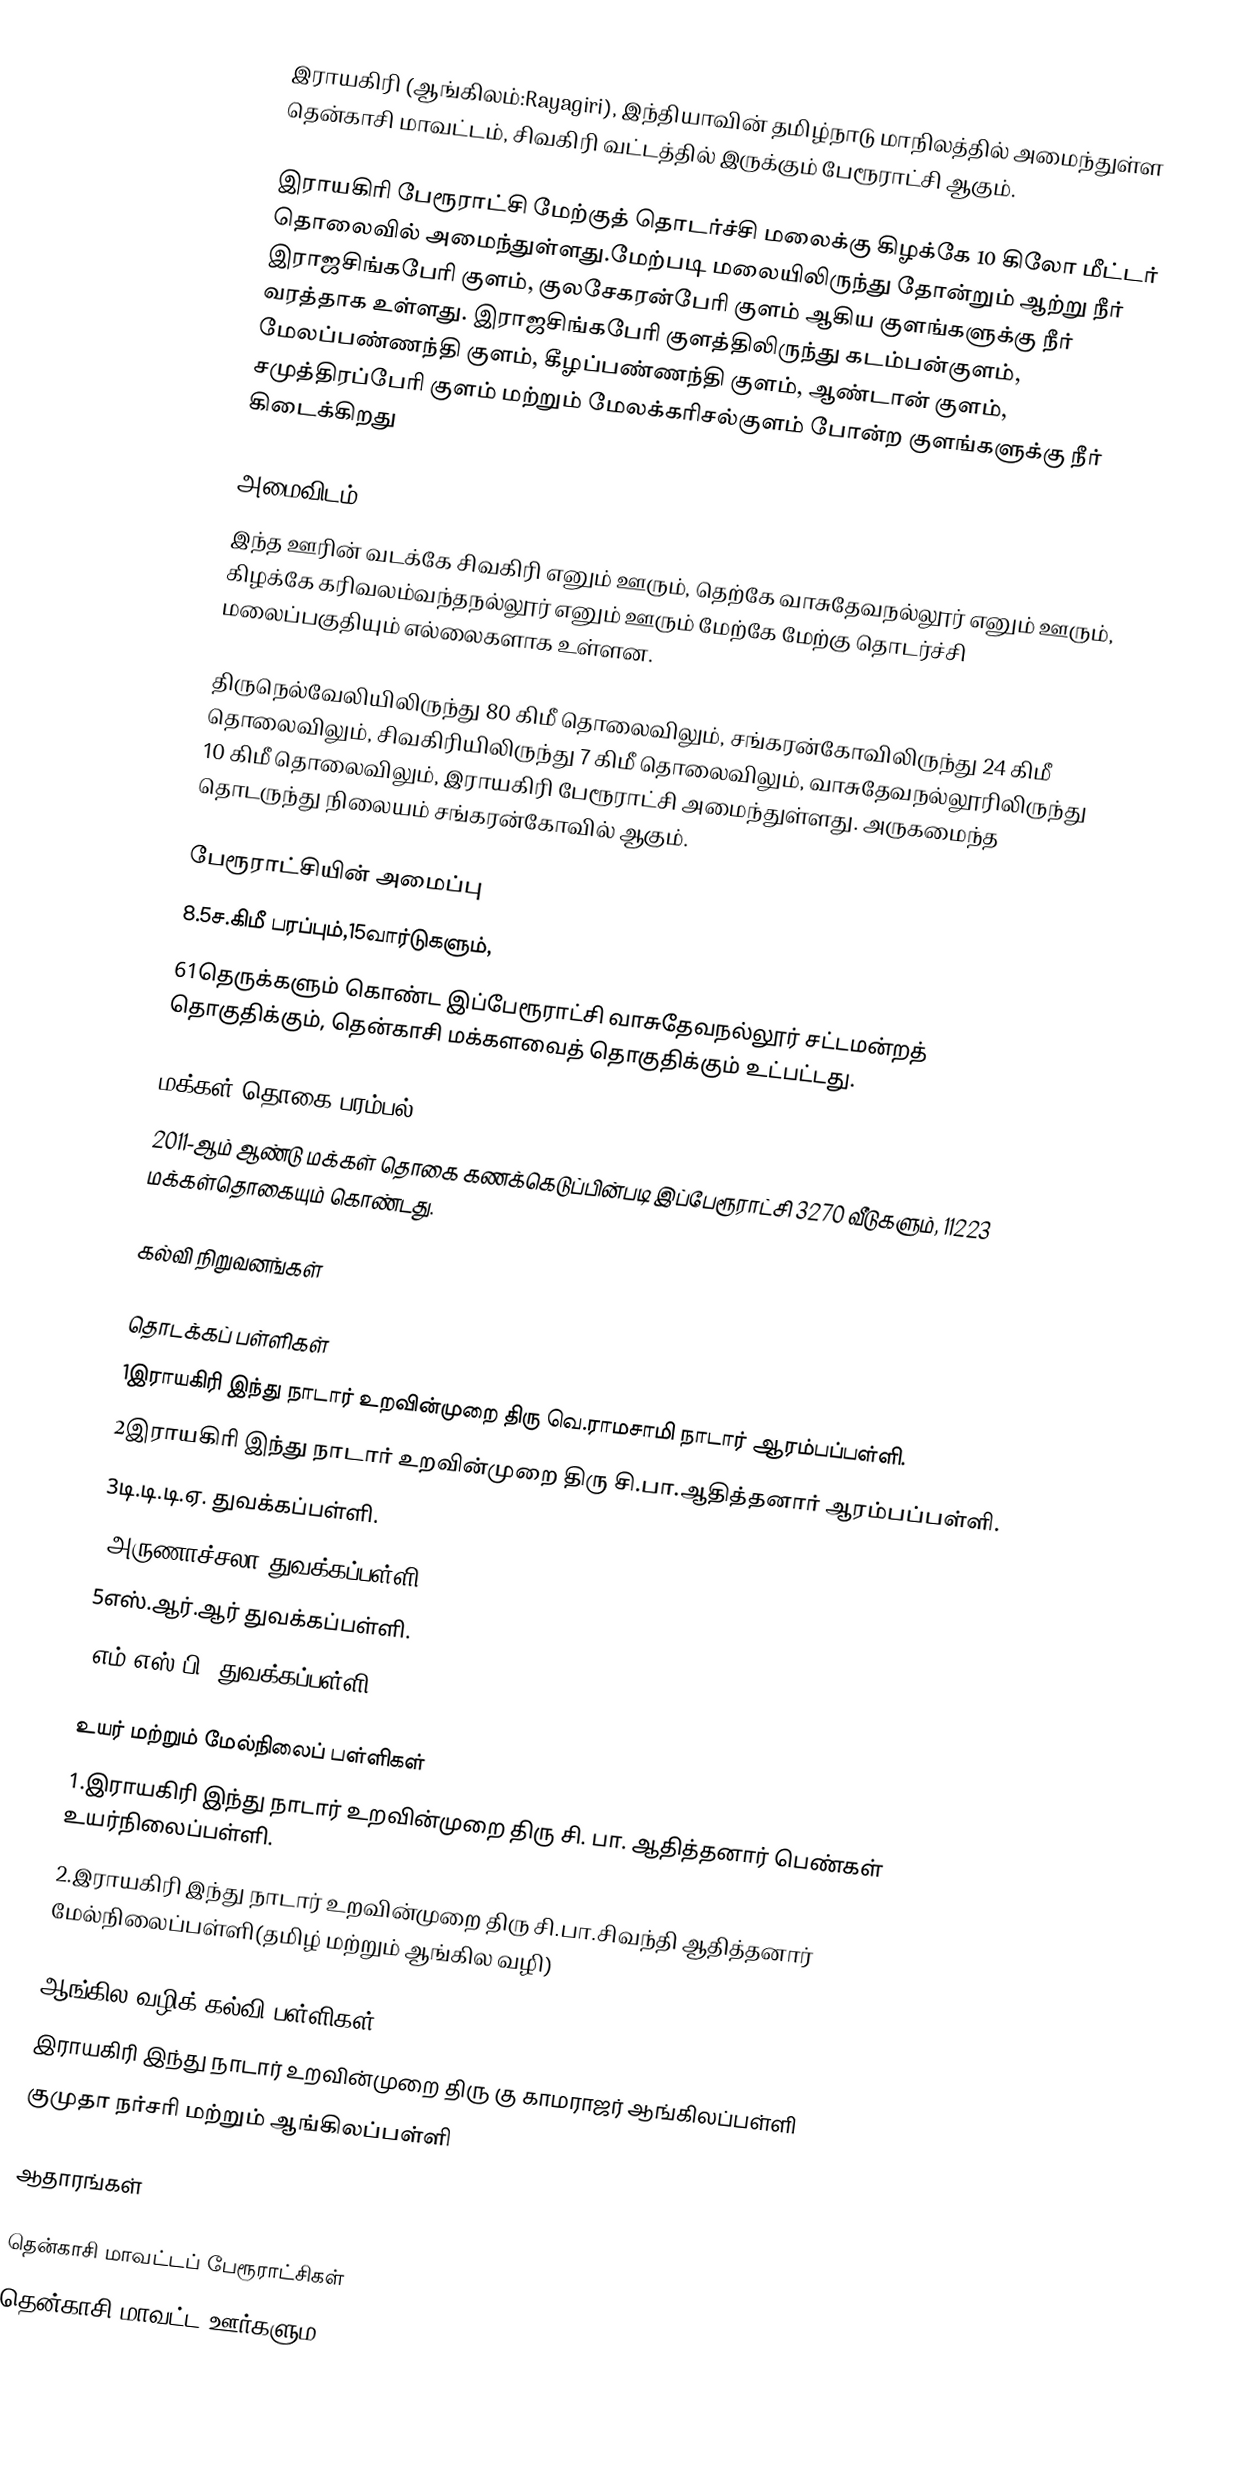
இராயகிரி (ஆங்கிலம்:Rayagiri), இந்தியாவின் தமிழ்நாடு மாநிலத்தில் அமைந்துள்ள தென்காசி மாவட்டம், சிவகிரி வட்டத்தில் இருக்கும்  பேரூராட்சி ஆகும்.

இராயகிரி பேரூராட்சி மேற்குத் தொடர்ச்சி மலைக்கு கிழக்கே 10 கிலோ மீட்டர் தொலைவில் அமைந்துள்ளது.மேற்படி மலையிலிருந்து தோன்றும் ஆற்று நீர் இராஜசிங்கபேரி குளம், குலசேகரன்பேரி குளம் ஆகிய குளங்களுக்கு நீர் வரத்தாக உள்ளது. இராஜசிங்கபேரி குளத்திலிருந்து கடம்பன்குளம், மேலப்பண்ணந்தி குளம், கீழப்பண்ணந்தி குளம், ஆண்டான் குளம், சமுத்திரப்பேரி குளம் மற்றும் மேலக்கரிசல்குளம் போன்ற குளங்களுக்கு நீர் கிடைக்கிறது

அமைவிடம்
இந்த ஊரின் வடக்கே சிவகிரி எனும் ஊரும், தெற்கே வாசுதேவநல்லூர் எனும் ஊரும், கிழக்கே கரிவலம்வந்தநல்லூர் எனும் ஊரும் மேற்கே மேற்கு தொடர்ச்சி மலைப்பகுதியும் எல்லைகளாக உள்ளன.

திருநெல்வேலியிலிருந்து 80 கிமீ தொலைவிலும், சங்கரன்கோவிலிருந்து 24 கிமீ தொலைவிலும், சிவகிரியிலிருந்து 7 கிமீ தொலைவிலும், வாசுதேவநல்லூரிலிருந்து 10 கிமீ தொலைவிலும், இராயகிரி பேரூராட்சி அமைந்துள்ளது.  அருகமைந்த தொடருந்து நிலையம் சங்கரன்கோவில் ஆகும்.

பேரூராட்சியின் அமைப்பு
8.5ச.கிமீ பரப்பும்,15வார்டுகளும்,
61தெருக்களும் கொண்ட இப்பேரூராட்சி வாசுதேவநல்லூர் சட்டமன்றத் தொகுதிக்கும், தென்காசி மக்களவைத் தொகுதிக்கும் உட்பட்டது.

மக்கள் தொகை பரம்பல்
2011-ஆம் ஆண்டு மக்கள் தொகை கணக்கெடுப்பின்படி  இப்பேரூராட்சி                  3270 வீடுகளும்,  11223  மக்கள்தொகையும் கொண்டது.

கல்வி நிறுவனங்கள்

தொடக்கப் பள்ளிகள்
1இராயகிரி இந்து நாடார் உறவின்முறை திரு வெ.ராமசாமி நாடார் ஆரம்பப்பள்ளி.
2இராயகிரி இந்து நாடார் உறவின்முறை திரு சி.பா.ஆதித்தனார் ஆரம்பப்பள்ளி.
3டி.டி.டி.ஏ. துவக்கப்பள்ளி.
4அருணாச்சலா துவக்கப்பள்ளி.
5எஸ்.ஆர்.ஆர் துவக்கப்பள்ளி.
6எம்.எஸ்.பி. துவக்கப்பள்ளி.

உயர் மற்றும் மேல்நிலைப் பள்ளிகள்
1.இராயகிரி இந்து நாடார் உறவின்முறை திரு சி. பா. ஆதித்தனார் பெண்கள் உயர்நிலைப்பள்ளி.
2.இராயகிரி இந்து நாடார் உறவின்முறை திரு சி.பா.சிவந்தி ஆதித்தனார் மேல்நிலைப்பள்ளி(தமிழ் மற்றும் ஆங்கில வழி)

ஆங்கில வழிக் கல்வி பள்ளிகள்
இராயகிரி இந்து நாடார் உறவின்முறை திரு கு காமராஜர் ஆங்கிலப்பள்ளி
குமுதா நர்சரி மற்றும் ஆங்கிலப்பள்ளி

ஆதாரங்கள்

தென்காசி மாவட்டப் பேரூராட்சிகள்
தென்காசி மாவட்ட ஊர்களும